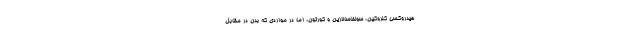
هیدروکسی کلروکین، سولفاسالازین و کورتون، اما در مواردی که بدن در مقابل